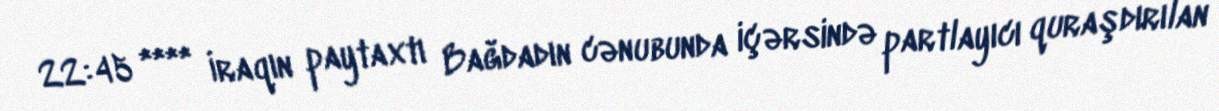
22:45 **** İraqın paytaxtı Bağdadın cənubunda içərsində partlayıcı quraşdırılan